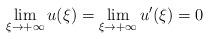
LaTeX: \begin{align*}\lim_{\xi\to +\infty}u(\xi) =\lim_{\xi\to +\infty}u'(\xi)=0\end{align*}